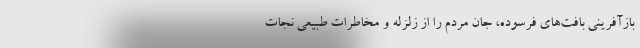
بازآفرینی بافت‌های فرسوده، جان مردم را از زلزله و مخاطرات طبیعی نجات